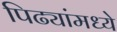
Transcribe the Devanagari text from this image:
पिढ्यांमध्ये